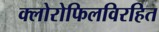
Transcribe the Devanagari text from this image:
क्लोरोफिलविरहित